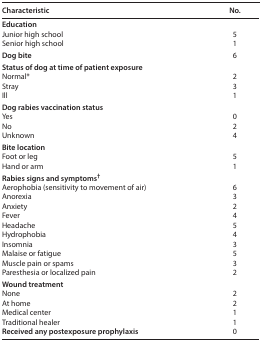
| Characteristic | No. |
 | --- | --- |
 | <COLSPAN=2> Education |
 | Junior high school | 5 |
 | Senior high school | 1 |
 | Dog bite | 6 |
 | <COLSPAN=2> Status of dog at time of patient exposure |
 | Normal* | 2 |
 | Stray | 3 |
 | Ill | 1 |
 | <COLSPAN=2> Dog rabies vaccination status |
 | Yes | 0 |
 | No | 2 |
 | Unknown | 4 |
 | <COLSPAN=2> Bite location |
 | Foot or leg | 5 |
 | Hand or arm | 1 |
 | <COLSPAN=2> Rabies signs and symptoms† |
 | Aerophobia (sensitivity to movement of air) | 6 |
 | Anorexia | 3 |
 | Anxiety | 2 |
 | Fever | 4 |
 | Headache | 5 |
 | Hydrophobia | 4 |
 | Insomnia | 3 |
 | Malaise or fatigue | 5 |
 | Muscle pain or spams | 3 |
 | Paresthesia or localized pain | 2 |
 | <COLSPAN=2> Wound treatment |
 | None | 2 |
 | At home | 2 |
 | Medical center | 1 |
 | Traditional healer | 1 |
 | Received any postexposure prophylaxis | 0 |